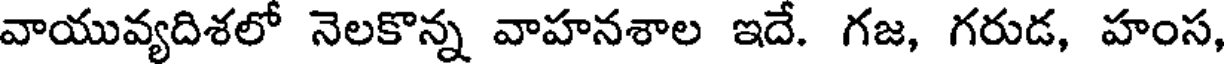
వాయువ్యదిశలో నెలకొన్న వాహనశాల ఇదే. గజ, గరుడ, హంస,